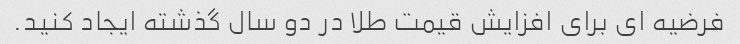
فرضیه ای برای افزایش قیمت طلا در دو سال گذشته ایجاد کنید.